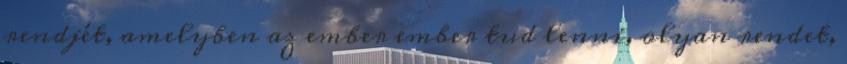
rendjét, amelyben az ember ember tud lenni, olyan rendet,